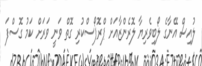
ލުއިސް އޭނާގެ ލޯބިވެރިޔާ ލޮރެންޒާއަށް ޕްރޮޕޯސްކުރި ގޮތް ވަނީ ވަރަށް ކަމު ގޮސްފަ